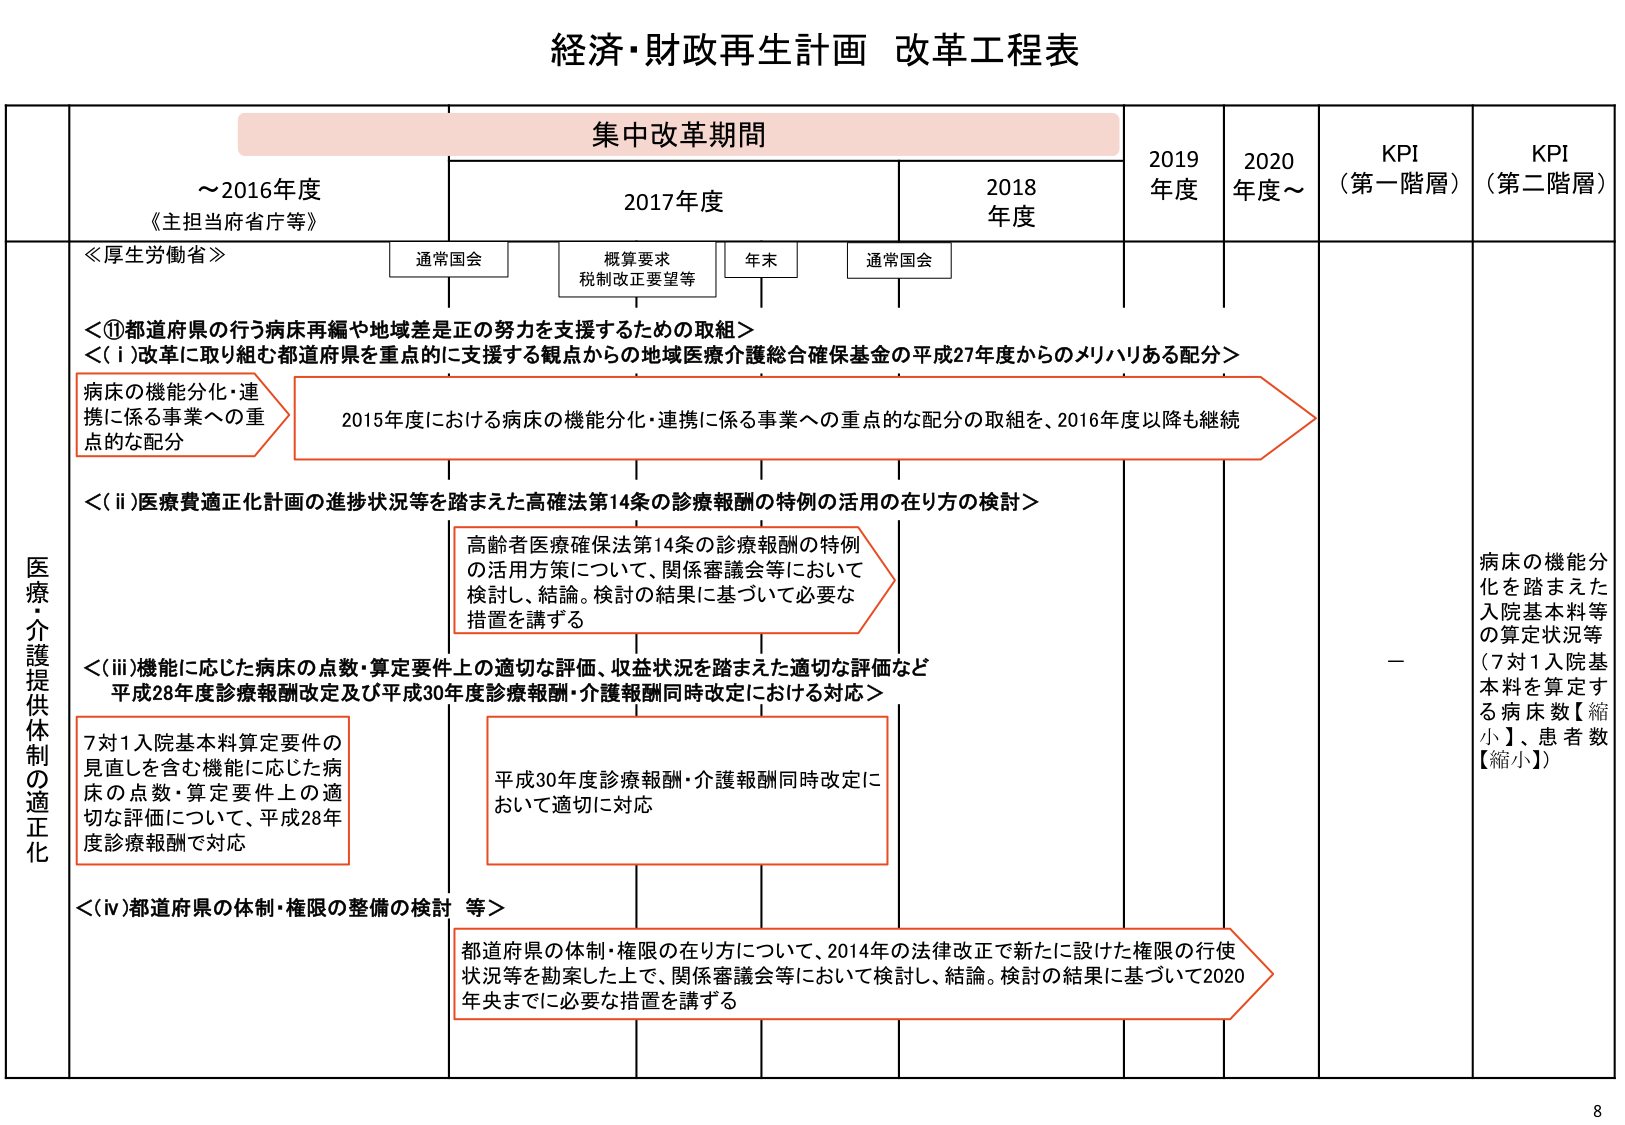
経済・財政再生計画 改革工程表

集中改革期間

～2016年度
《主担当府省庁等》

2017年度

2018年度

2019年度

2020年度～

KPI
（第一階層）

KPI
（第二階層）

通常国会

概算要求
税制改正要望等

年末

通常国会

≪厚生労働省≫

＜①都道府県の行う病床再編や地域差是正の努力を支援するための取組＞
＜(i)改革に取り組む都道府県を重点的に支援する観点からの地域医療介護総合確保基金の平成27年度からのメリハリある配分＞

病床の機能分化・連携に係る事業への重点的な配分

2015年度における病床の機能分化・連携に係る事業への重点的な配分の取組を、2016年度以降も継続

＜(ii)医療費適正化計画の進捗状況等を踏まえた高確法第14条の診療報酬の特例の活用の在り方の検討＞

高齢者医療確保法第14条の診療報酬の特例の活用方策について、関係審議会等において検討し、結論。検討の結果に基づいて必要な措置を講ずる

＜(iii)機能に応じた病床の点数・算定要件上の適切な評価、収益状況を踏まえた適切な評価など平成28年度診療報酬改定及び平成30年度診療報酬・介護報酬同時改定における対応＞

7対1入院基本料算定要件の見直しを含む機能に応じた病床の点数・算定要件上の適切な評価について、平成28年度診療報酬で対応

平成30年度診療報酬・介護報酬同時改定において適切に対応

＜(iv)都道府県の体制・権限の整備の検討 等＞

都道府県の体制・権限の在り方について、2014年の法律改正で新たに設けた権限の行使状況等を勘案した上で、関係審議会等において検討し、結論。検討の結果に基づいて2020年央までに必要な措置を講ずる

医療・介護提供体制の適正化

－

病床の機能分化を踏まえた入院基本料等の算定状況等（7対1入院基本料を算定する病床数【縮小】、患者数【縮小】）

8